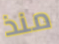
منذ